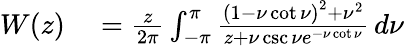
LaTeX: \begin{array}{rl}{W(z)}&{{}={\frac{z}{2\pi}}\int_{-\pi}^{\pi}{\frac{\left(1-\nu\cot\nu\right)^{2}+\nu^{2}}{z+\nu\csc\nu e^{-\nu\cot\nu}}}\, d\nu}\end{array}